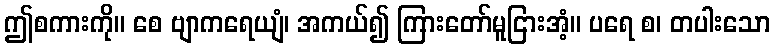
ဤစကားကို။ စေ ဗျာကရေယျံ၊ အကယ်၍ ကြားတော်မူငြားအံ့။ ပရေ စ၊ တပါးသော